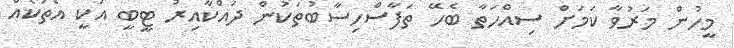
މީހުން މަރުވާ ކަމަށް ސިއްހަތާ ބެހޭ ތަފާސްހިސާބުތަކުން ދައްކާއިރު ޓީބީ އަކީ އެތަކެއް